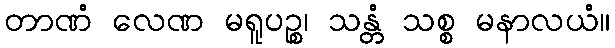
တာဏံ လေဏ မရူပဉ္စ၊ သန္တံ သစ္စ မနာလယံ။